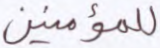
للمؤمنين